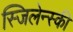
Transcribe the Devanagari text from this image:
स्जिलेन्स्की